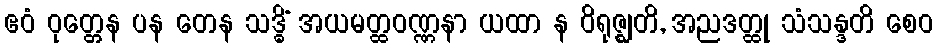
ဧဝံ ဝုတ္တေန ပန တေန သဒ္ဓိံ အယမတ္ထဝဏ္ဏနာ ယထာ န ဝိရုဇ္ဈတိ, အညဒတ္ထု သံသန္ဒတိ စေဝ